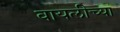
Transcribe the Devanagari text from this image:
वायलीच्या